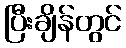
ပြီးချိန်တွင်